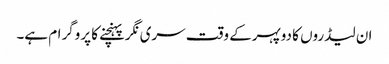
ان لیڈروں کا دوپہرکے وقت سری نگرپہنچنے کا پروگرام ہے۔